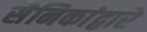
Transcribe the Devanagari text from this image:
सैनिकांद्वारे